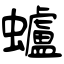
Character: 蠦